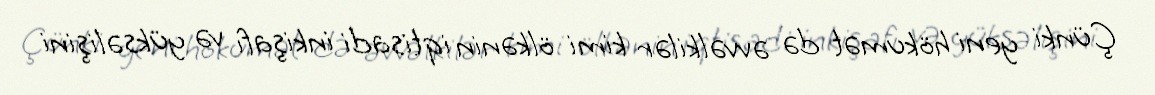
Çünki yeni hökumət də əvvəlkilər kimi ölkənin iqtisadi inkişafı və yüksəlişini